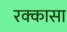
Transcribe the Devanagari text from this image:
रक्कासा